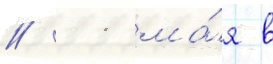
// 11 ма́я в